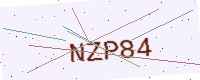
Text: NZP84